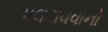
પલટાવવાનો